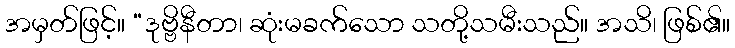
အမှတ်ဖြင့်။ “ဒုဗ္ဗိနီတာ၊ ဆုံးမခက်သော သတို့သမီးသည်။ အသိ၊ ဖြစ်၏။